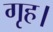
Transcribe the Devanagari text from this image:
गृह।